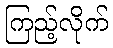
ကြည့်လိုက်